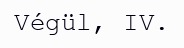
Végül, IV.